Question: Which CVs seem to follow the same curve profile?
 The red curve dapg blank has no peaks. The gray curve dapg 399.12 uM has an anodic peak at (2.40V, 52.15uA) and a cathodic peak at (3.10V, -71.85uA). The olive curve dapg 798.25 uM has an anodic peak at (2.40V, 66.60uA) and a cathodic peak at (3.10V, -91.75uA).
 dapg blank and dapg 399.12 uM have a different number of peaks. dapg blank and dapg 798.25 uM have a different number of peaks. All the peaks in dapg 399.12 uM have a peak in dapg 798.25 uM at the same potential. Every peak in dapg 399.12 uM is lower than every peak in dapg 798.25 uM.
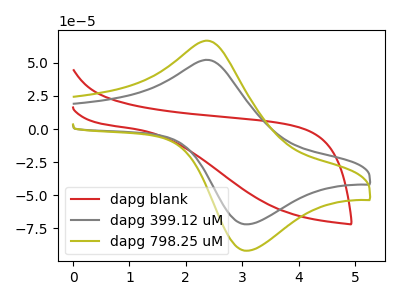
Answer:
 <answer>"dapg 399.12 uM" and "dapg 798.25 uM" have the same shape and are likely CV's of the same chemical.</answer>
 <eval>"dapg 399.12 uM" "dapg 798.25 uM"</eval>